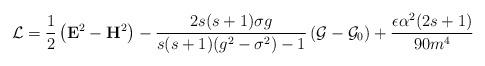
LaTeX: \begin{align*}\mathcal{L}=\frac 12\left( \mathbf{E}^2-\mathbf{H}^2\right) -\frac{2s(s+1)\sigma g}{s(s+1)(g^2-\sigma ^2)-1}\left( \mathcal{G}-\mathcal{G}_0\right) +\frac{\epsilon \alpha ^2(2s+1)}{90m^4}\end{align*}